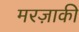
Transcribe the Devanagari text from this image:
मरज़ाकी